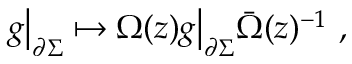
g \bigr | _ { \partial \Sigma } \mapsto \Omega ( z ) g \bigr | _ { \partial \Sigma } \bar { \Omega } ( z ) ^ { - 1 } ~ ,